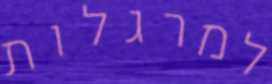
למרגלות